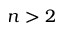
n > 2